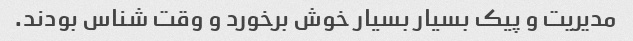
مدیریت و پیک بسیار بسیار خوش برخورد و وقت شناس بودند.